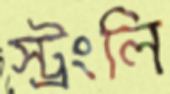
স্ট্রংলি